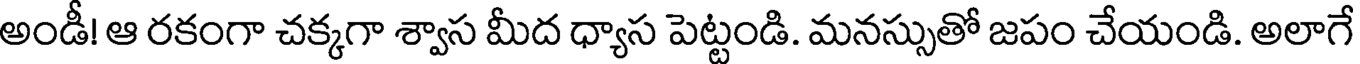
అండీ! ఆ రకంగా చక్కగా శ్వాస మీద ధ్యాస పెట్టండి. మనస్సుతో జపం చేయండి. అలాగే